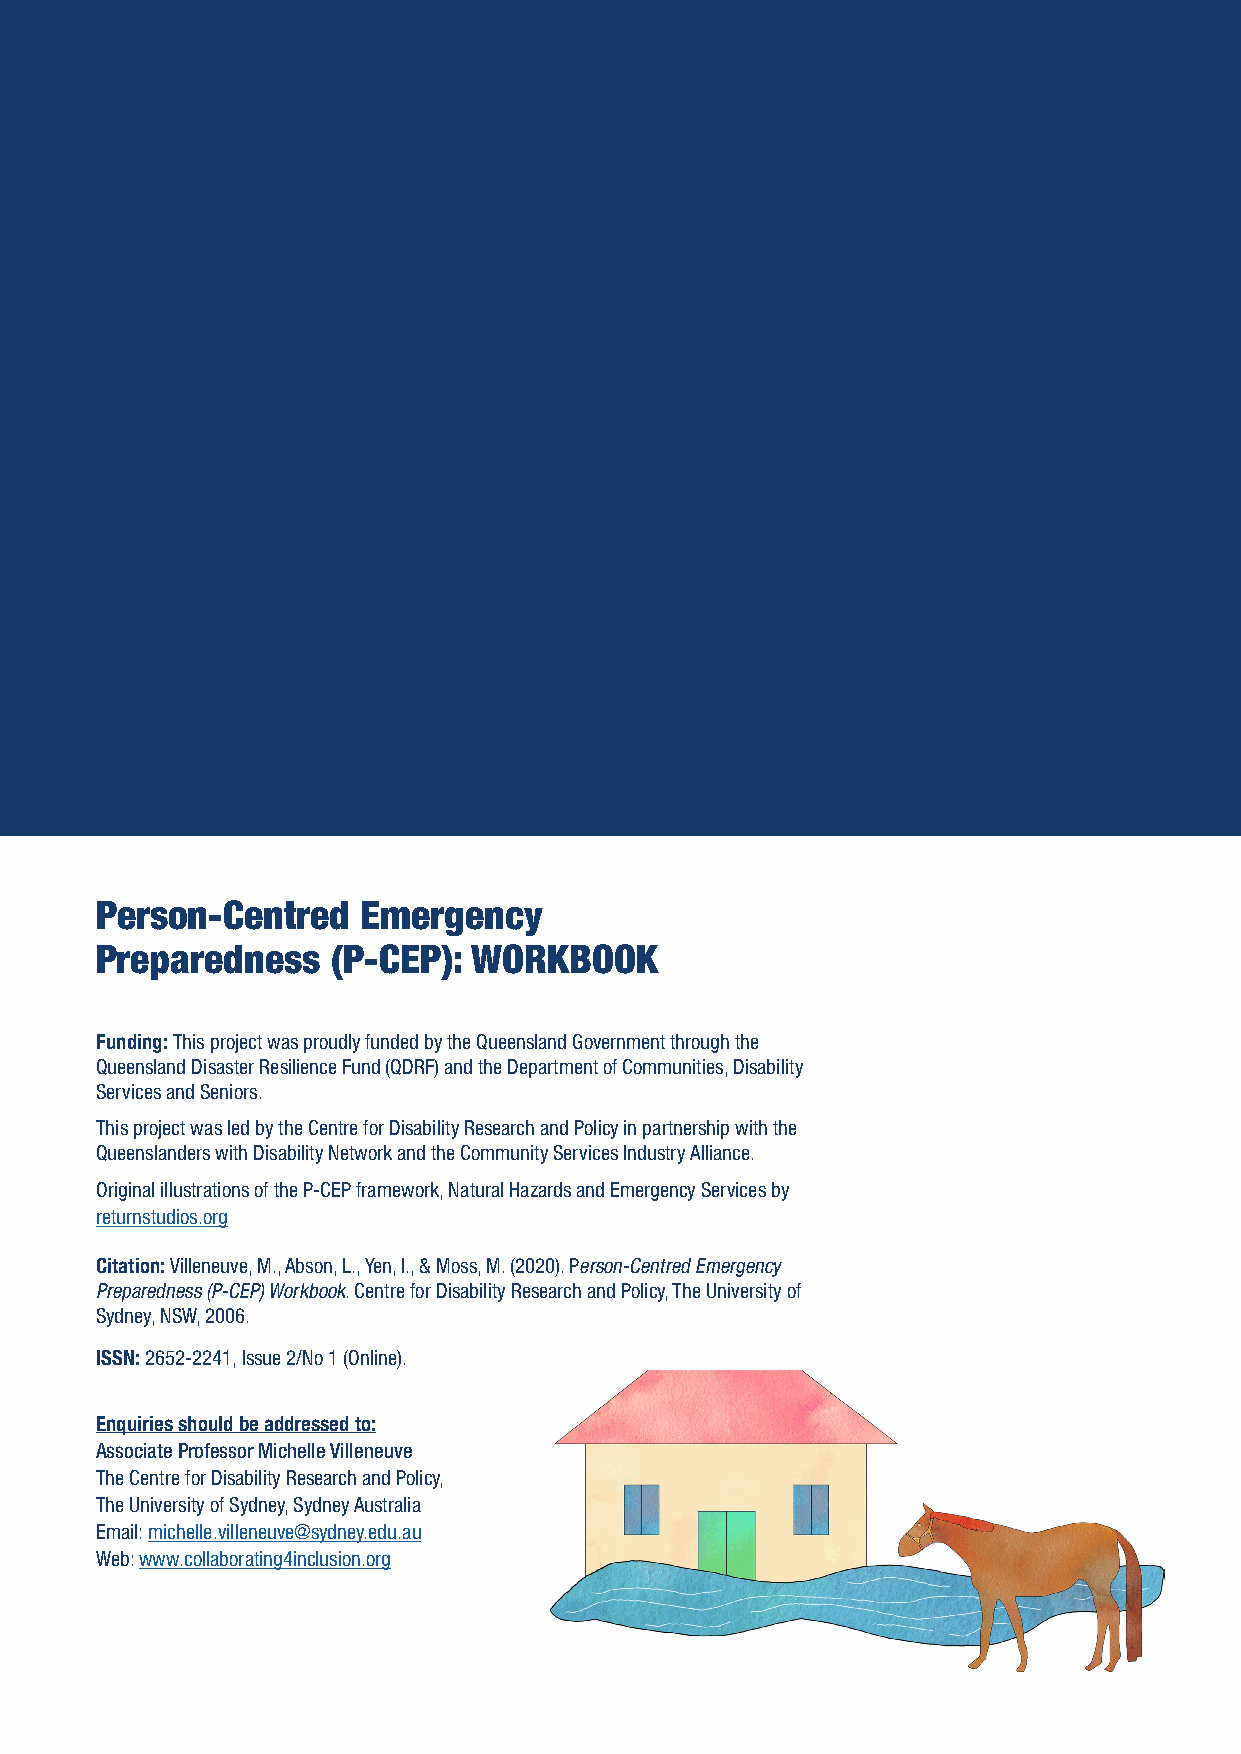
Person-Centred    Emergency
 Preparedness    (P-CEP): WORKBOOK
 Funding: This project was proudly funded by the Queensland Government through the
 Queensland Disaster Resilience Fund (QDRF) and the Department of Communities, Disability
 Services and Seniors.
 This project was led by the Centre for Disability Research and Policy in partnership with the
 Queenslanders with Disability Network and the Community Services Industry Alliance.
 Original illustrations of the P-CEP framework, Natural Hazards and Emergency Services by
 returnstudios.org
 Citation: Villeneuve, M., Abson, L., Yen, I., & Moss, M. (2020). Person-Centred Emergency
 Preparedness (P-CEP) Workbook. Centre for Disability Research and Policy, The University of
 Sydney, NSW, 2006.
 ISSN: 2652-2241, Issue 2/No 1 (Online).
 Enquiries should be addressed to:
 Associate Professor Michelle Villeneuve
 The Centre for Disability Research and Policy,
 The University of Sydney, Sydney Australia
 Email: michelle.villeneuve@sydney.edu.au
 Web: www.collaborating4inclusion.org